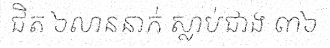
ជិត ៦លាននាក់ ស្លាប់ជាង ៣៦